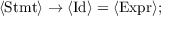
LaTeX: \langle { \mathrm { S t m t } } \rangle \to \langle { \mathrm { I d } } \rangle = \langle { \mathrm { E x p r } } \rangle ;